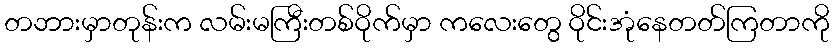
တဘားမှာတုန်းက လမ်းမကြီးတစ်ဝိုက်မှာ ကလေးတွေ ဝိုင်းအုံနေတတ်ကြတာကို